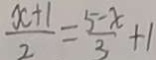
\frac { x + 1 } { 2 } = \frac { 5 - x } { 3 } + 1